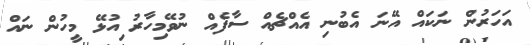
އަހަރުން ނަކައް އޭނަ އެބުނި އެއްޗެއް ސާފެއް ނުވޭމިހާރު ިއުޅޭ މީހުން ނައް